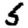
Digit: 5